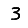
Digit: 3